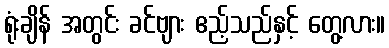
ရုံးချိန် အတွင်း ခင်ဗျား ဧည့်သည်နှင့် တွေ့လား။